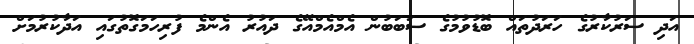
އަދި ސަރުކާރުގެ ހަރަދުތައް ބޮޑުވުމުގެ ސަބަބުން އެމްއެމްއޭގެ ދައުރު އެންމެ ފުރިހަމަގޮތުގައި އަދާކުރުމަށް